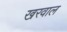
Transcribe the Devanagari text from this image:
खरवाल